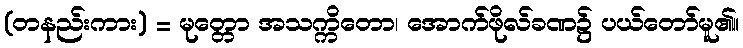
(တနည်းကား) = မုတ္တော အသက္ကိတော၊ အောက်ဖိုလ်ခဏ၌ ပယ်တော်မူ၏။